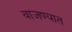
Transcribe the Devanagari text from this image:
वाजण्यात